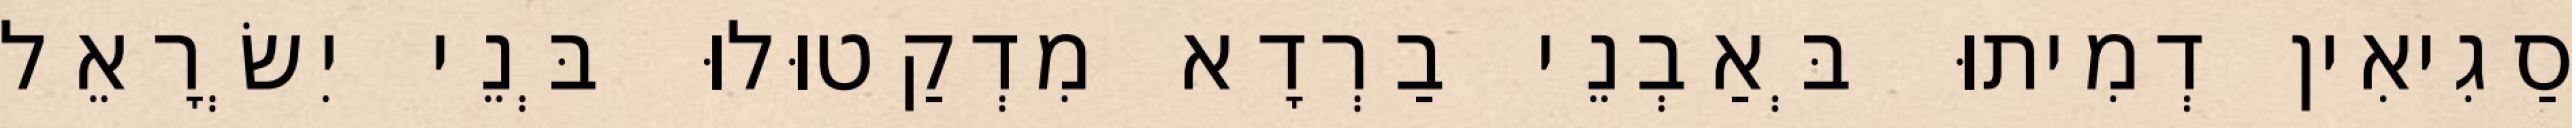
סַגִיאִין דְמִיתוּ בְּאַבְנֵי בַרְדָא מִדְקַטוּלוּ בְּנֵי יִשְׂרָאֵל